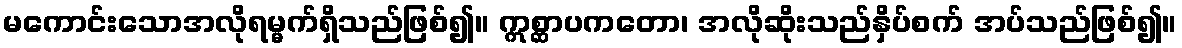
မကောင်းသောအလိုရမ္မက်ရှိသည်ဖြစ်၍။ ဣစ္ဆာပကတော၊ အလိုဆိုးသည်နှိပ်စက် အပ်သည်ဖြစ်၍။